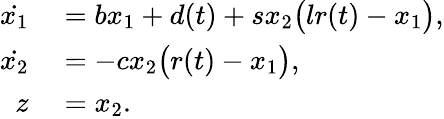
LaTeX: \begin{array}{rl}{\dot{x_{1}}}&{{}=bx_{1}+d(t)+sx_{2}\big(lr(t)-x_{1}\big),}\\ {\dot{x_{2}}}&{{}=-cx_{2}\big(r(t)-x_{1}\big),}\\ {z}&{{}=x_{2}.}\end{array}